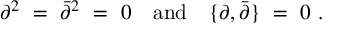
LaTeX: \partial ^ { 2 } \ = \ \bar { \partial } ^ { 2 } \ = \ 0 \quad \mathrm { a n d } \quad \{ \partial , \bar { \partial } \} \ = \ 0 \ .